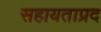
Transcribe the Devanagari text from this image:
सहायताप्रद